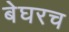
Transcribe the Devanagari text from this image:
बेघरच